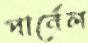
পার্নেল